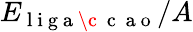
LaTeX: E_{\mathrm{~l~i~g~a~\c~{~c~}~a~o~}}/A